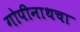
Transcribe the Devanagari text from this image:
गोपीनाथचा